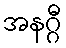
အနဂ္ဂီ